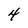
Character: 4